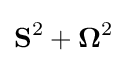
\mathbf {S} ^{2}+\mathbf {\Omega } ^{2}